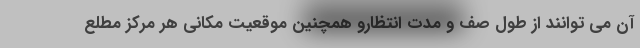
آن می توانند از طول صف و مدت انتظارو همچنین موقعیت مکانی هر مرکز مطلع